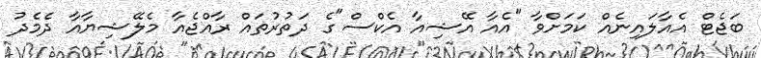
ބަޖެޓް އެއާލައިނެއް ކަމަށްވާ "އެއާ އޭޝިއާ އެކްސް"ގެ ދަތުރުތައް ރާއްޖެއާ މެލޭޝިޔާއާ ދެމެދު